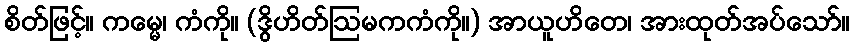
စိတ်ဖြင့်။ ကမ္မေ၊ ကံကို။ (ဒွိဟိတ်ဩမကကံကို။) အာယူဟိတေ၊ အားထုတ်အပ်သော်။